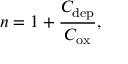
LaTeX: n = 1 + { \frac { C _ { \mathrm { d e p } } } { C _ { \mathrm { o x } } } } ,